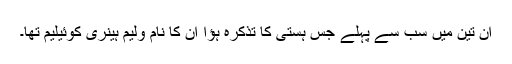
ان تین میں سب سے پہلے جس ہستی کا تذکرہ ہؤا ان کا نام ولیم ہینری کوئیلیم تھا۔